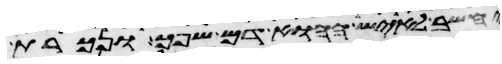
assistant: יחשב לאיש ההוא דם שפך ונכרת